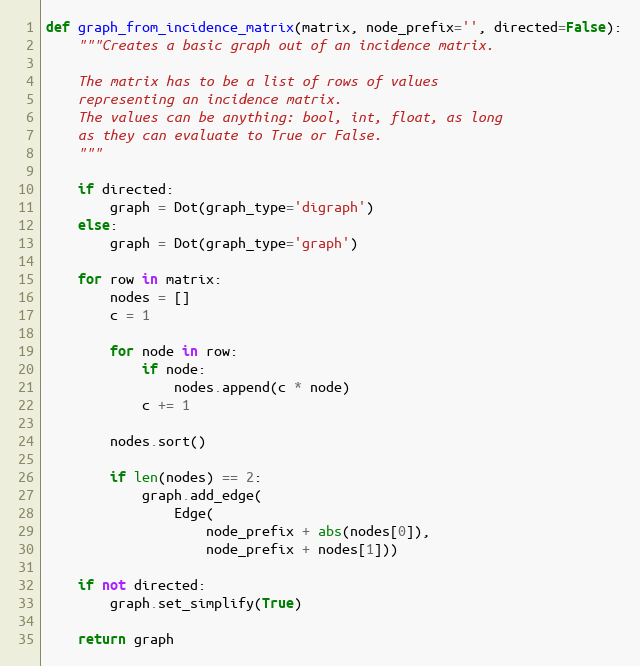
Language: Python
def graph_from_incidence_matrix(matrix, node_prefix='', directed=False):
    """Creates a basic graph out of an incidence matrix.

    The matrix has to be a list of rows of values
    representing an incidence matrix.
    The values can be anything: bool, int, float, as long
    as they can evaluate to True or False.
    """

    if directed:
        graph = Dot(graph_type='digraph')
    else:
        graph = Dot(graph_type='graph')

    for row in matrix:
        nodes = []
        c = 1

        for node in row:
            if node:
                nodes.append(c * node)
            c += 1

        nodes.sort()

        if len(nodes) == 2:
            graph.add_edge(
                Edge(
                    node_prefix + abs(nodes[0]),
                    node_prefix + nodes[1]))

    if not directed:
        graph.set_simplify(True)

    return graph